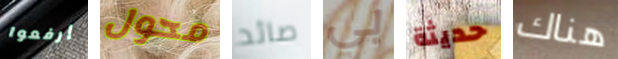
إرفعوا محول صائد بي حديثة هناك